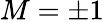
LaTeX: M=\pm 1